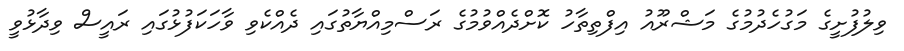
ވިލުފުށީގެ މަގުހެދުމުގެ މަޝްރޫއު އިފްތިތާހު ކޮށްދެއްވުމުގެ ރަސްމިއްޔާތުގައި ދެއްކެވި ވާހަކަފުޅުގައި ރައީސް ވިދާޅުވީ